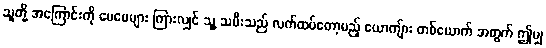
သူတို့ အကြောင်းကို မေမေများ ကြားလျှင် သူ့ သမီးသည် လက်ထပ်တော့မည့် ယောကျ်ား တစ်ယောက် အတွက် ဤမျှ